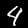
Digit: 4